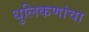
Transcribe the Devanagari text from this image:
धुलिकणांचा